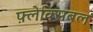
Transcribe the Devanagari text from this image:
फ़्लेक्सिबल